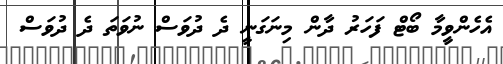
އެހެންވީމާ ބޯޓް ފަހަރު ދާން މިނަގަނީ ދެ ދުވަސް ނުވަތަ ދެ ދުވަސް